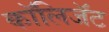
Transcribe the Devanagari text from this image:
कॉलिजॅट